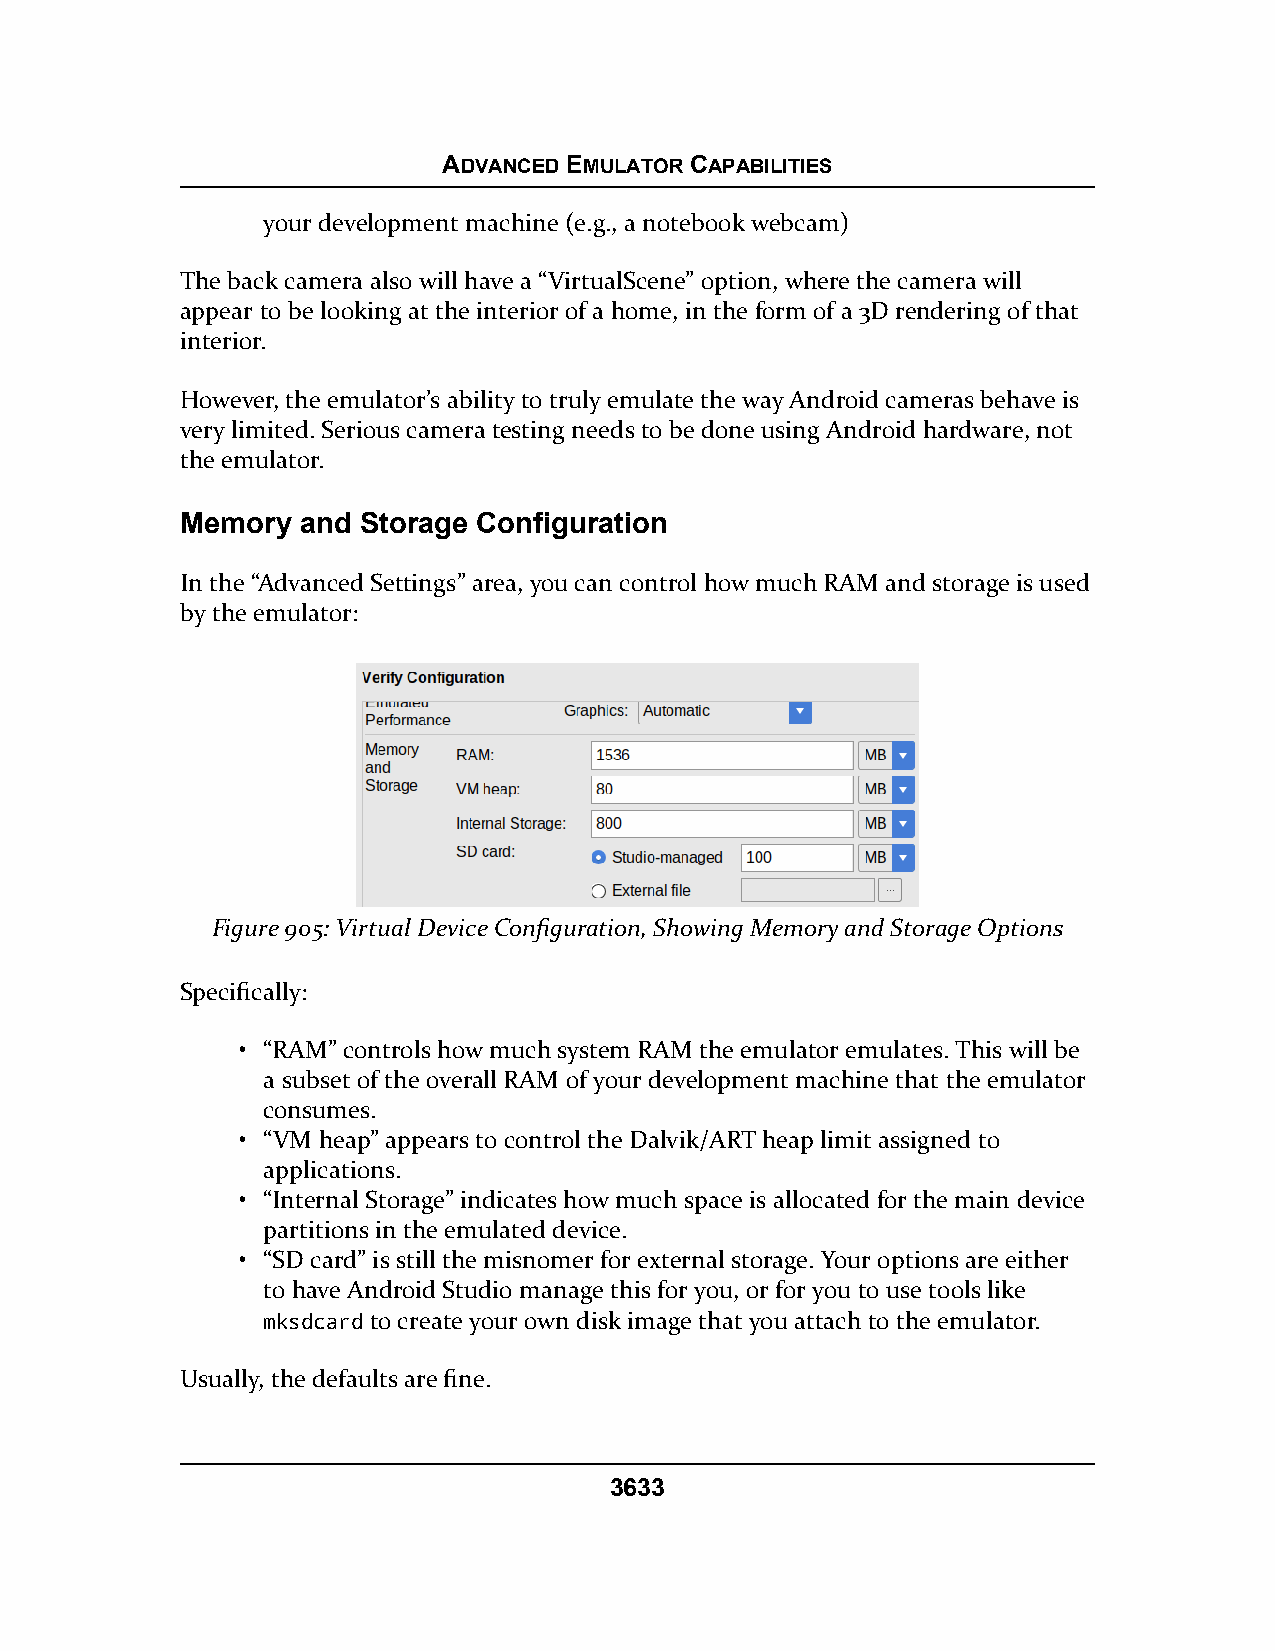
ADVANCED EMULATOR CAPABILITIES
 your development machine (e.g., a notebook webcam)
 The back camera also will have a “VirtualScene” option, where the camera will
 appear to be looking at the interior of a home, in the form of a 3D rendering of that
 interior.
 However, the emulator’s ability to truly emulate the way Android cameras behave is
 very limited. Serious camera testing needs to be done using Android hardware, not
 the emulator.
 Memory  and Storage Configuration
 In the “Advanced Settings” area, you can control how much RAM and storage is used
 by the emulator:
 Figure 905: Virtual Device Configuration, Showing Memory and Storage Options
 Specifically:
 • “RAM” controls how much system RAM the emulator emulates. This will be
 a subset of the overall RAM of your development machine that the emulator
 consumes.
 • “VM heap” appears to control the Dalvik/ART heap limit assigned to
 applications.
 • “Internal Storage” indicates how much space is allocated for the main device
 partitions in the emulated device.
 • “SD card” is still the misnomer for external storage. Your options are either
 to have Android Studio manage this for you, or for you to use tools like
 mksdcard to create your own disk image that you attach to the emulator.
 Usually, the defaults are fine.
 3633